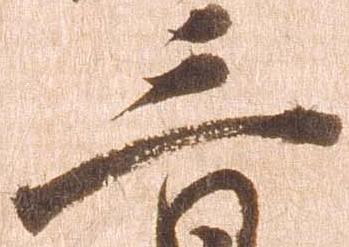
三